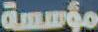
مؤسسة